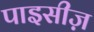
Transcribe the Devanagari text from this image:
पाइसीज़